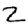
Digit: 2